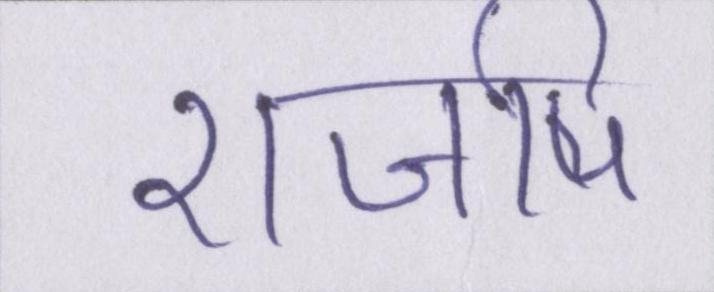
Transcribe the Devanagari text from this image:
राजर्षि